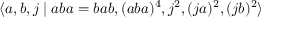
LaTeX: \langle a , b , j \mid a b a = b a b , ( a b a ) ^ { 4 } , j ^ { 2 } , ( j a ) ^ { 2 } , ( j b ) ^ { 2 } \rangle